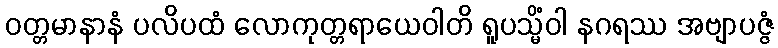
ဝတ္တမာနာနံ ပလိပထံ လောကုတ္တရာယေဝါတိ ရူပသ္မိံဝါ နဂရဿ အဗျာပဇ္ဇံ